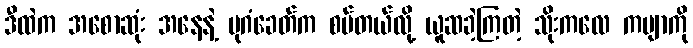
ဒီထဲက အစောဆုံး အနေနဲ့ ပုဂံခေတ်က စပ်တယ်လို့ ယူဆခဲ့ကြတဲ့ သိုးကလေ ကဗျာကို